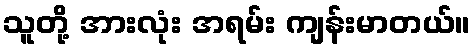
သူတို့ အားလုံး အရမ်း ကျန်းမာတယ်။